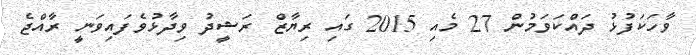
ވާހަކަފުޅު ދައްކަވަމުން 27 މެއި 2015 ގައި ރިޔާޒް ރަޝީދު ވިދާޅުވެފައިވަނީ ރާއްޖެ